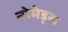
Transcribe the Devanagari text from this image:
नोमेड्स